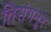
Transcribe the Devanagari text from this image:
तिसंगनूर